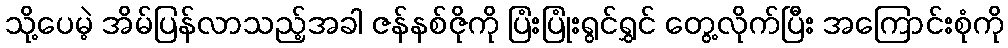
သို့ပေမဲ့ အိမ်ပြန်လာသည့်အခါ ဇန်နစ်ဇိုကို ပြံးပြုံးရွင်ရွှင် တွေ့လိုက်ပြီး အကြောင်းစုံကို